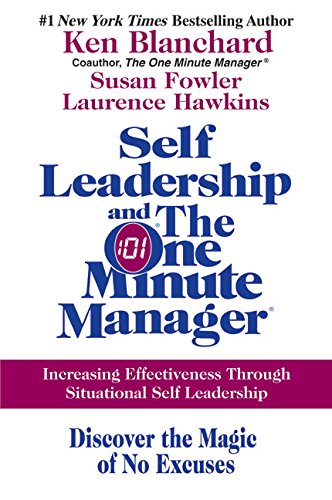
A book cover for Self Leadership and the One Minute Manager: Increasing Effectiveness Through Situational Self Leadership; Ken Blanchard; Business & Money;